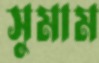
সুমাম